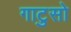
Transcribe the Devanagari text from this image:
गाटुसो